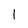
Character: 1